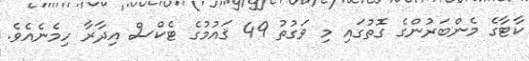
ކާޓާގެ މެންބަރުންގެ ގޮތުގައި މި ވަގުތު 49 ޤައުމުގެ ޓެކްސް އިދާރާ ހިމެނެއެވެ.